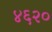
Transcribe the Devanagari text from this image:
४६२०